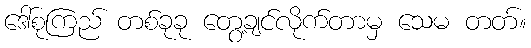
ဒေါ်စုကြည် တစ်ခုခု တွေ့ချင်လိုက်တာမှ သေမ တတ်။